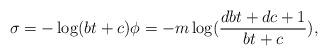
LaTeX: \begin{align*}\sigma = -\log (bt + c) \phi = -m \log (\frac{dbt +dc +1}{bt+c}),\end{align*}